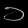
Digit: ၁